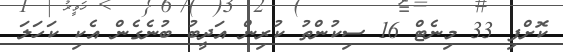
ކޮށްފި 33 މިނެޓް 16 ސިކުންތު ކުރިން އަދީބު ބުނެގެން އެކި ކަހަލަ